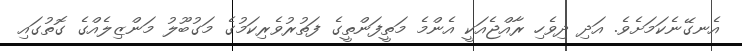
އެނގޭނެކަމަށެވެ. އަދި ދިވެހި ރާއްޖެއަކީ އެންމެ މަތީފަންތީގެ ފަތުރުވެރިކަމުގެ މަގުބޫލު މަންޒިލެއްގެ ގޮތުގައި